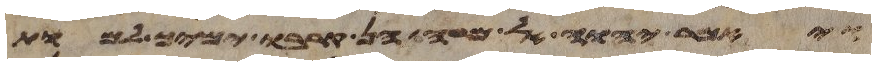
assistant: ויאמר יהוה אל משה הן קרבו ימיך למות